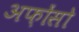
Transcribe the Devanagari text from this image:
अफ़ोंसो